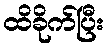
ထိခိုက်ပြီး